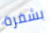
بشفرة